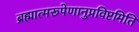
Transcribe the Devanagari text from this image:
ब्रह्मात्मरूपेणानुप्रविष्टमिति